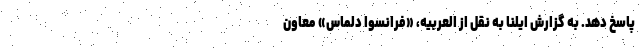
پاسخ دهد. به گزارش ایلنا به نقل از العربیه، «فرانسوا دلماس» معاون